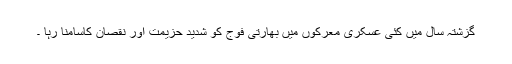
گزشتہ سال میں کئی عسکری معرکوں میں بھارتی فوج کو شدید حزیمت اور نقصان کاسامنا رہا ۔